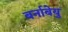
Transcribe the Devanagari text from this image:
बर्नाबेयु